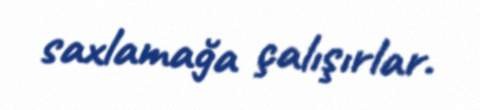
saxlamağa çalışırlar.